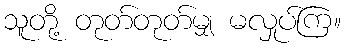
သူတို့ တုတ်တုတ်မျှ မလှုပ်ကြ။